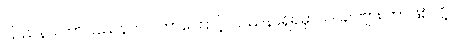
ပြဿနာ၊ ဘာပြဿနာလဲ၊ ဘာကြောင့် ပြဿနာရှိရမှာလဲ၊ ခင်ဗျား ဘာဖြစ်လို့